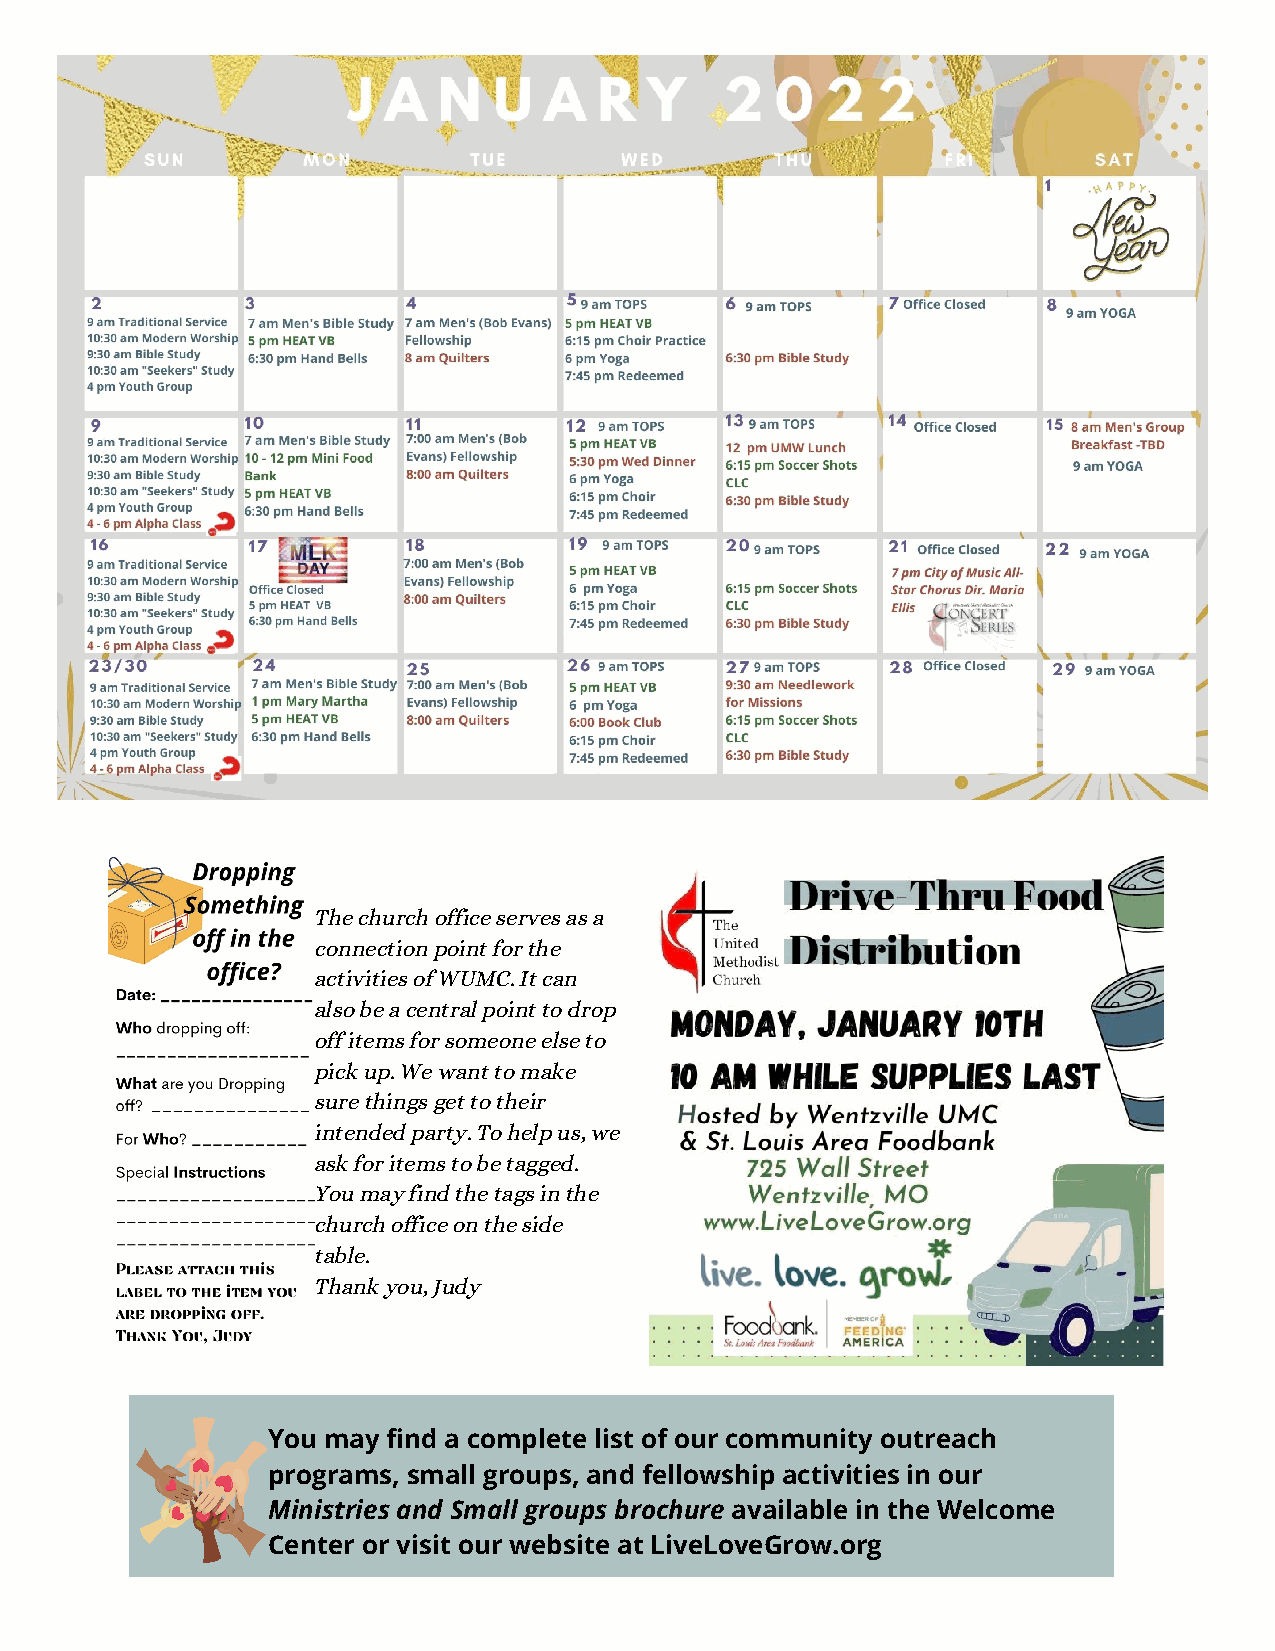
The church office serves as a
 connection point for the
 activities of WUMC. It can
 also be a central point to drop
 off items for someone else to
 pick up. We want to make
 sure things get to their
 intended party. To help us, we
 ask for items to be tagged.
 You may find the tags in the
 church office on the side
 table.
 Thank you, Judy
 You may find a complete list of our community outreach
 programs, small groups, and fellowship activities in our
 Ministries and Small groups brochure available in the Welcome
 Center or visit our website at LiveLoveGrow.org